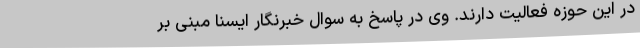
در این حوزه فعالیت دارند. وی در پاسخ به سوال خبرنگار ایسنا مبنی بر